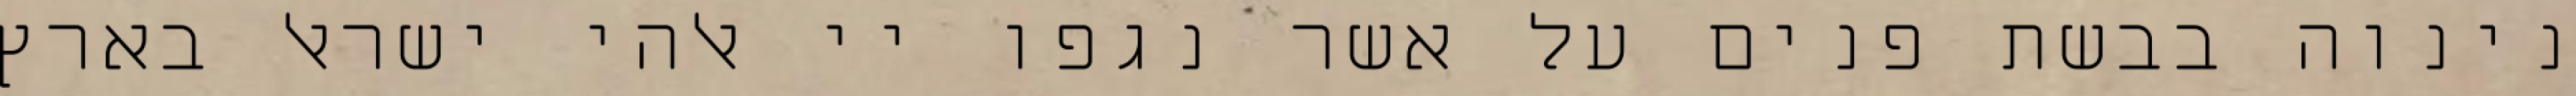
נינוה בבשת פנים על אשר נגפו יי אלהי ישראל בארץ